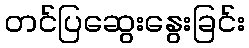
တင်ပြဆွေးနွေးခြင်း